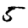
Digit: 5